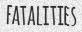
FATALITIES